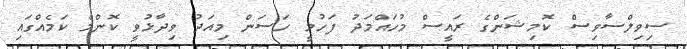
ސިވިލްސާވިސް ކޮމިޝަންގެ ރައީސް މުހައްމަދު ފަހުމީ ހަސަން މިއަދު ވިދާޅުވީ ކޮންމެ ކަމެއްގައި